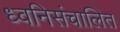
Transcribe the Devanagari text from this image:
ध्वनिसंचालित